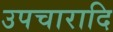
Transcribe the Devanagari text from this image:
उपचारादि